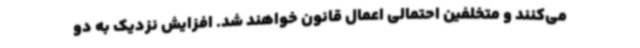
می‌کنند و متخلفین احتمالی اعمال قانون خواهند شد. افزایش نزدیک به دو